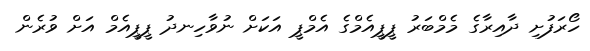
ހޯރަފުށި ދާއިރާގެ މެމްބަރު ޕީޕީއެމްގެ އެމްޕީ އަކަށް ނުވާހިނދު ޕީޕީއެމް އަށް ވުރެން